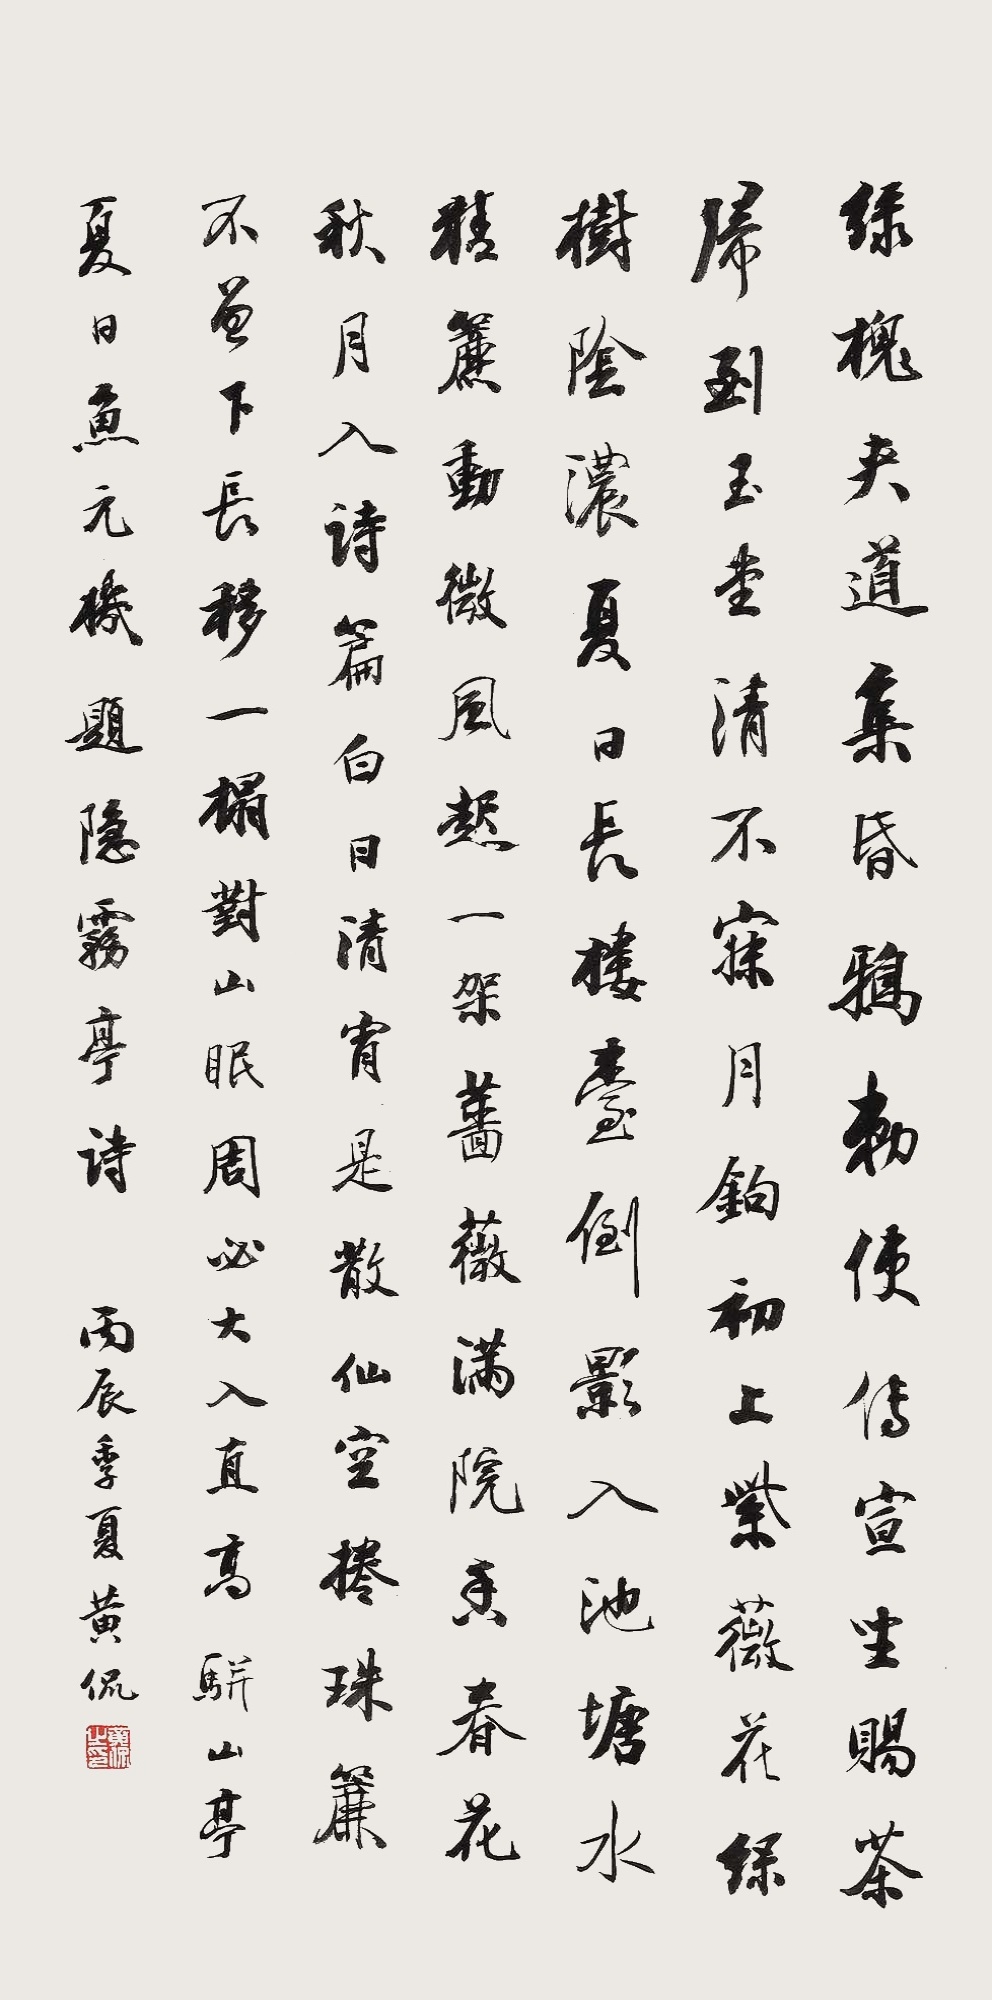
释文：绿槐夹道集昏鸦，敕使传宣坐赐茶。归到玉堂清不寐，月钩初上紫薇花。绿树阴浓夏日长，楼台倒影入池塘。水晶帘动微风起，一架蔷薇满院香。春花秋月入诗篇，白日清宵是散仙。空卷珠帘不曾下，长移一榻对山眠。周必大入直高骈山亭夏日鱼元机题隐雾亭诗。丙辰季夏，黄侃。